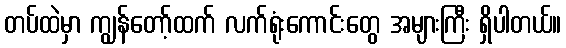
တပ်ထဲမှာ ကျွန်တော့်ထက် လက်ရုံးကောင်းတွေ အများကြီး ရှိပါတယ်။